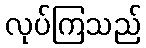
လုပ်ကြသည်